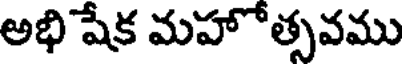
అభి షేక మహోత్సవము